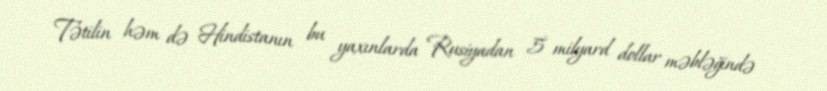
Tətilin həm də Hindistanın bu yaxınlarda Rusiyadan 5 milyard dollar məbləğində